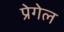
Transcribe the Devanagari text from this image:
प्रेगेल